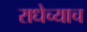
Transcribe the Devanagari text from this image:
राधेच्याच